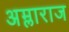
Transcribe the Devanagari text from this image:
अम्लाराज